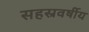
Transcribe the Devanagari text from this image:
सहस्रवर्षीय